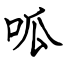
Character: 呱